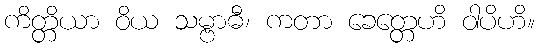
ကိတ္တိယာ ဝိယ သမ္ဗာဓီ၊ ကတာ ခေတ္တေဟိ ဝါပိဟိ။